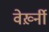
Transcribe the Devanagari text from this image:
वेर्ख़्नी